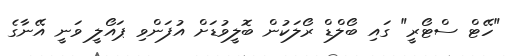
"ހޭޓް ސްޓޯރީ" ގައި ބޯލްޑް ރޯލަކުން ބޮލީވުޑަށް އުފަންވި ޕައޯލީ ވަނީ އޭނާގެ